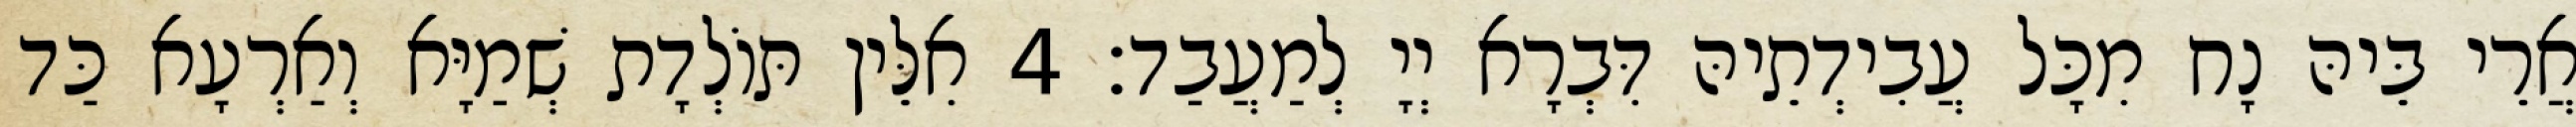
אֲרֵי בֵּיהּ נָח מִכָּל עֲבִידְתֵיהּ דִּבְרָא יְיָ לְמַעֲבַד׃ 4 אִלֵּין תּוֹלְדָת שְׁמַיָּא וְאַרְעָא כַּד